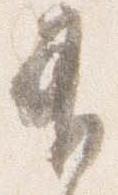
有